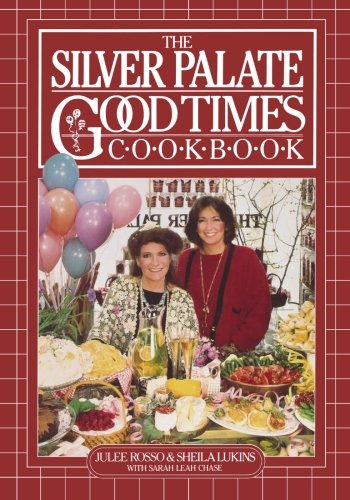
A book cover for The Silver Palate Good Times Cookbook; Sheila Lukins; Cookbooks, Food & Wine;